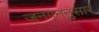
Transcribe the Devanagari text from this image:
जनगननुसार